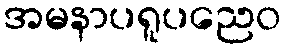
အမနာပရူပညေဝ